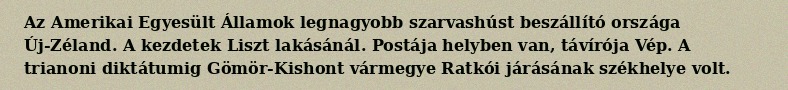
Az Amerikai Egyesült Államok legnagyobb szarvashúst beszállító országa Új-Zéland. A kezdetek Liszt lakásánál. Postája helyben van, távírója Vép. A trianoni diktátumig Gömör-Kishont vármegye Ratkói járásának székhelye volt.